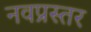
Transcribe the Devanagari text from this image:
नवप्रस्तर